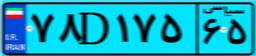
۷۸D۱۷۵۶۵